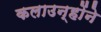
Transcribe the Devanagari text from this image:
कलाउन्होंने